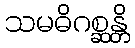
သမဓိဂစ္ဆန္တိ